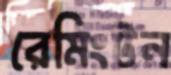
রেমিংটন